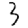
Digit: 3